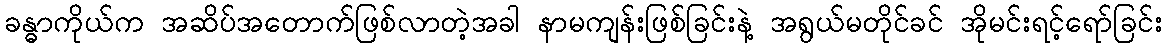
ခန္ဓာကိုယ်က အဆိပ်အတောက်ဖြစ်လာတဲ့အခါ နာမကျန်းဖြစ်ခြင်းနဲ့ အရွယ်မတိုင်ခင် အိုမင်းရင့်ရော်ခြင်း